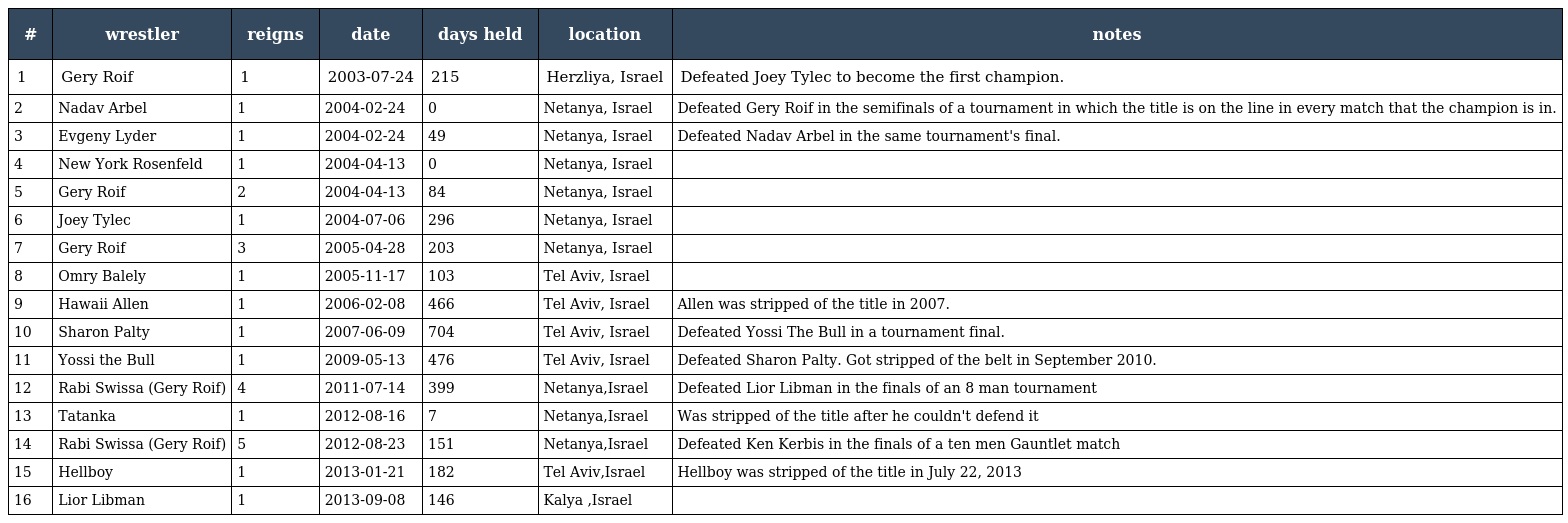
| # | wrestler | reigns | date | days held | location | notes |
 | --- | --- | --- | --- | --- | --- | --- |
 | 1 | Gery Roif | 1 | 2003-07-24 | 215 | Herzliya, Israel | Defeated Joey Tylec to become the first champion. |
 | 2 | Nadav Arbel | 1 | 2004-02-24 | 0 | Netanya, Israel | Defeated Gery Roif in the semifinals of a tournament in which the title is on the line in every match that the champion is in. |
 | 3 | Evgeny Lyder | 1 | 2004-02-24 | 49 | Netanya, Israel | Defeated Nadav Arbel in the same tournament's final. |
 | 4 | New York Rosenfeld | 1 | 2004-04-13 | 0 | Netanya, Israel |  |
 | 5 | Gery Roif | 2 | 2004-04-13 | 84 | Netanya, Israel |  |
 | 6 | Joey Tylec | 1 | 2004-07-06 | 296 | Netanya, Israel |  |
 | 7 | Gery Roif | 3 | 2005-04-28 | 203 | Netanya, Israel |  |
 | 8 | Omry Balely | 1 | 2005-11-17 | 103 | Tel Aviv, Israel |  |
 | 9 | Hawaii Allen | 1 | 2006-02-08 | 466 | Tel Aviv, Israel | Allen was stripped of the title in 2007. |
 | 10 | Sharon Palty | 1 | 2007-06-09 | 704 | Tel Aviv, Israel | Defeated Yossi The Bull in a tournament final. |
 | 11 | Yossi the Bull | 1 | 2009-05-13 | 476 | Tel Aviv, Israel | Defeated Sharon Palty. Got stripped of the belt in September 2010. |
 | 12 | Rabi Swissa (Gery Roif) | 4 | 2011-07-14 | 399 | Netanya,Israel | Defeated Lior Libman in the finals of an 8 man tournament |
 | 13 | Tatanka | 1 | 2012-08-16 | 7 | Netanya,Israel | Was stripped of the title after he couldn't defend it |
 | 14 | Rabi Swissa (Gery Roif) | 5 | 2012-08-23 | 151 | Netanya,Israel | Defeated Ken Kerbis in the finals of a ten men Gauntlet match |
 | 15 | Hellboy | 1 | 2013-01-21 | 182 | Tel Aviv,Israel | Hellboy was stripped of the title in July 22, 2013 |
 | 16 | Lior Libman | 1 | 2013-09-08 | 146 | Kalya ,Israel |  |